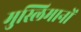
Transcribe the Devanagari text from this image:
मुस्लिमानों